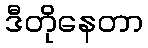
ဒီတိုနေတာ